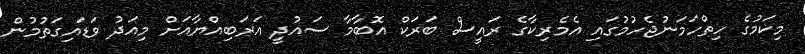
މިކަމުގެ ހިތްހަމަނުޖެހުމުގައި އެމެރިކާގެ ރައީސް ބަރަކް އޮބާމާ ސައުދީ އަރަބިއްޔާއަށް މިއަދު ވަޑައިގަތުމުން